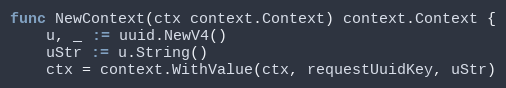
Language: Go
func NewContext(ctx context.Context) context.Context {
	u, _ := uuid.NewV4()
	uStr := u.String()
	ctx = context.WithValue(ctx, requestUuidKey, uStr)